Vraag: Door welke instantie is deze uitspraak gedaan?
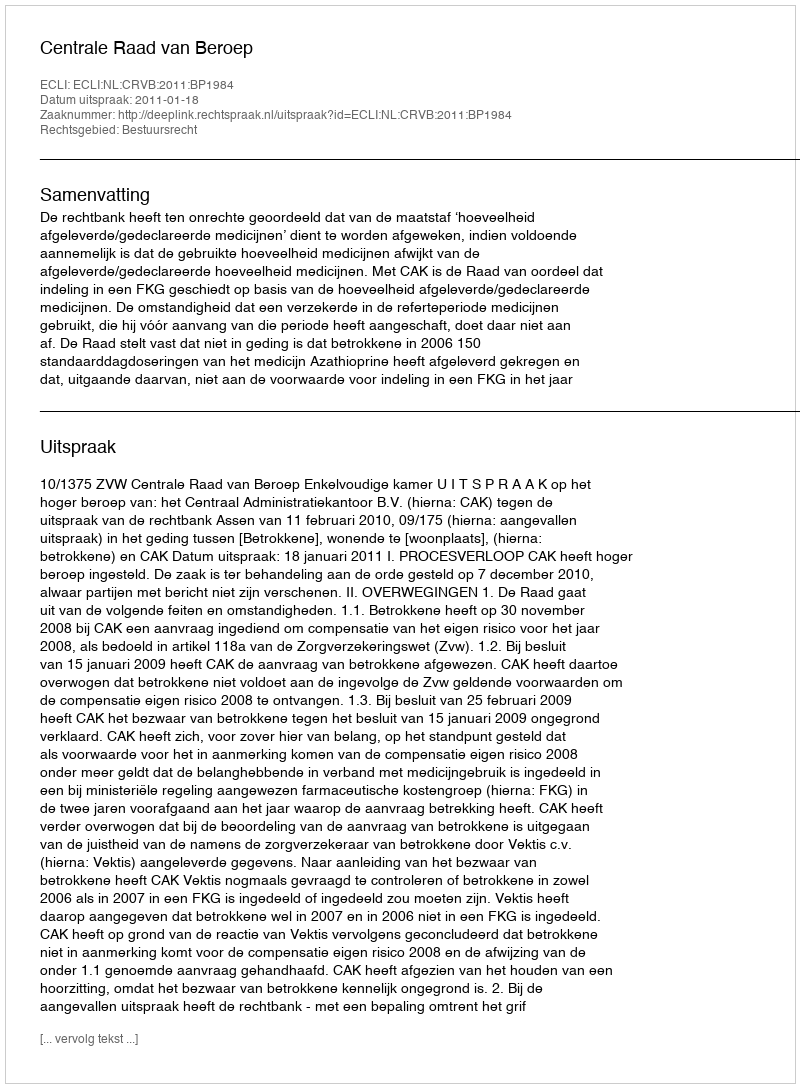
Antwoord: Centrale Raad van Beroep